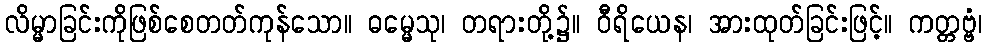
လိမ္မာခြင်းကိုဖြစ်စေတတ်ကုန်သော။ ဓမ္မေသု၊ တရားတို့၌။ ဝီရိယေန၊ အားထုတ်ခြင်းဖြင့်။ ကတ္တဗ္ဗံ၊